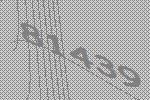
81439